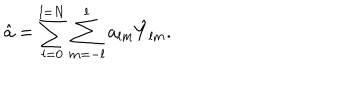
LaTeX: \hat { a } = \sum _ { l = 0 } ^ { l = N } \sum _ { m = - l } ^ { l } a _ { l m } \hat { Y } _ { l m } .